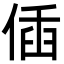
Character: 偛